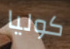
كوليا